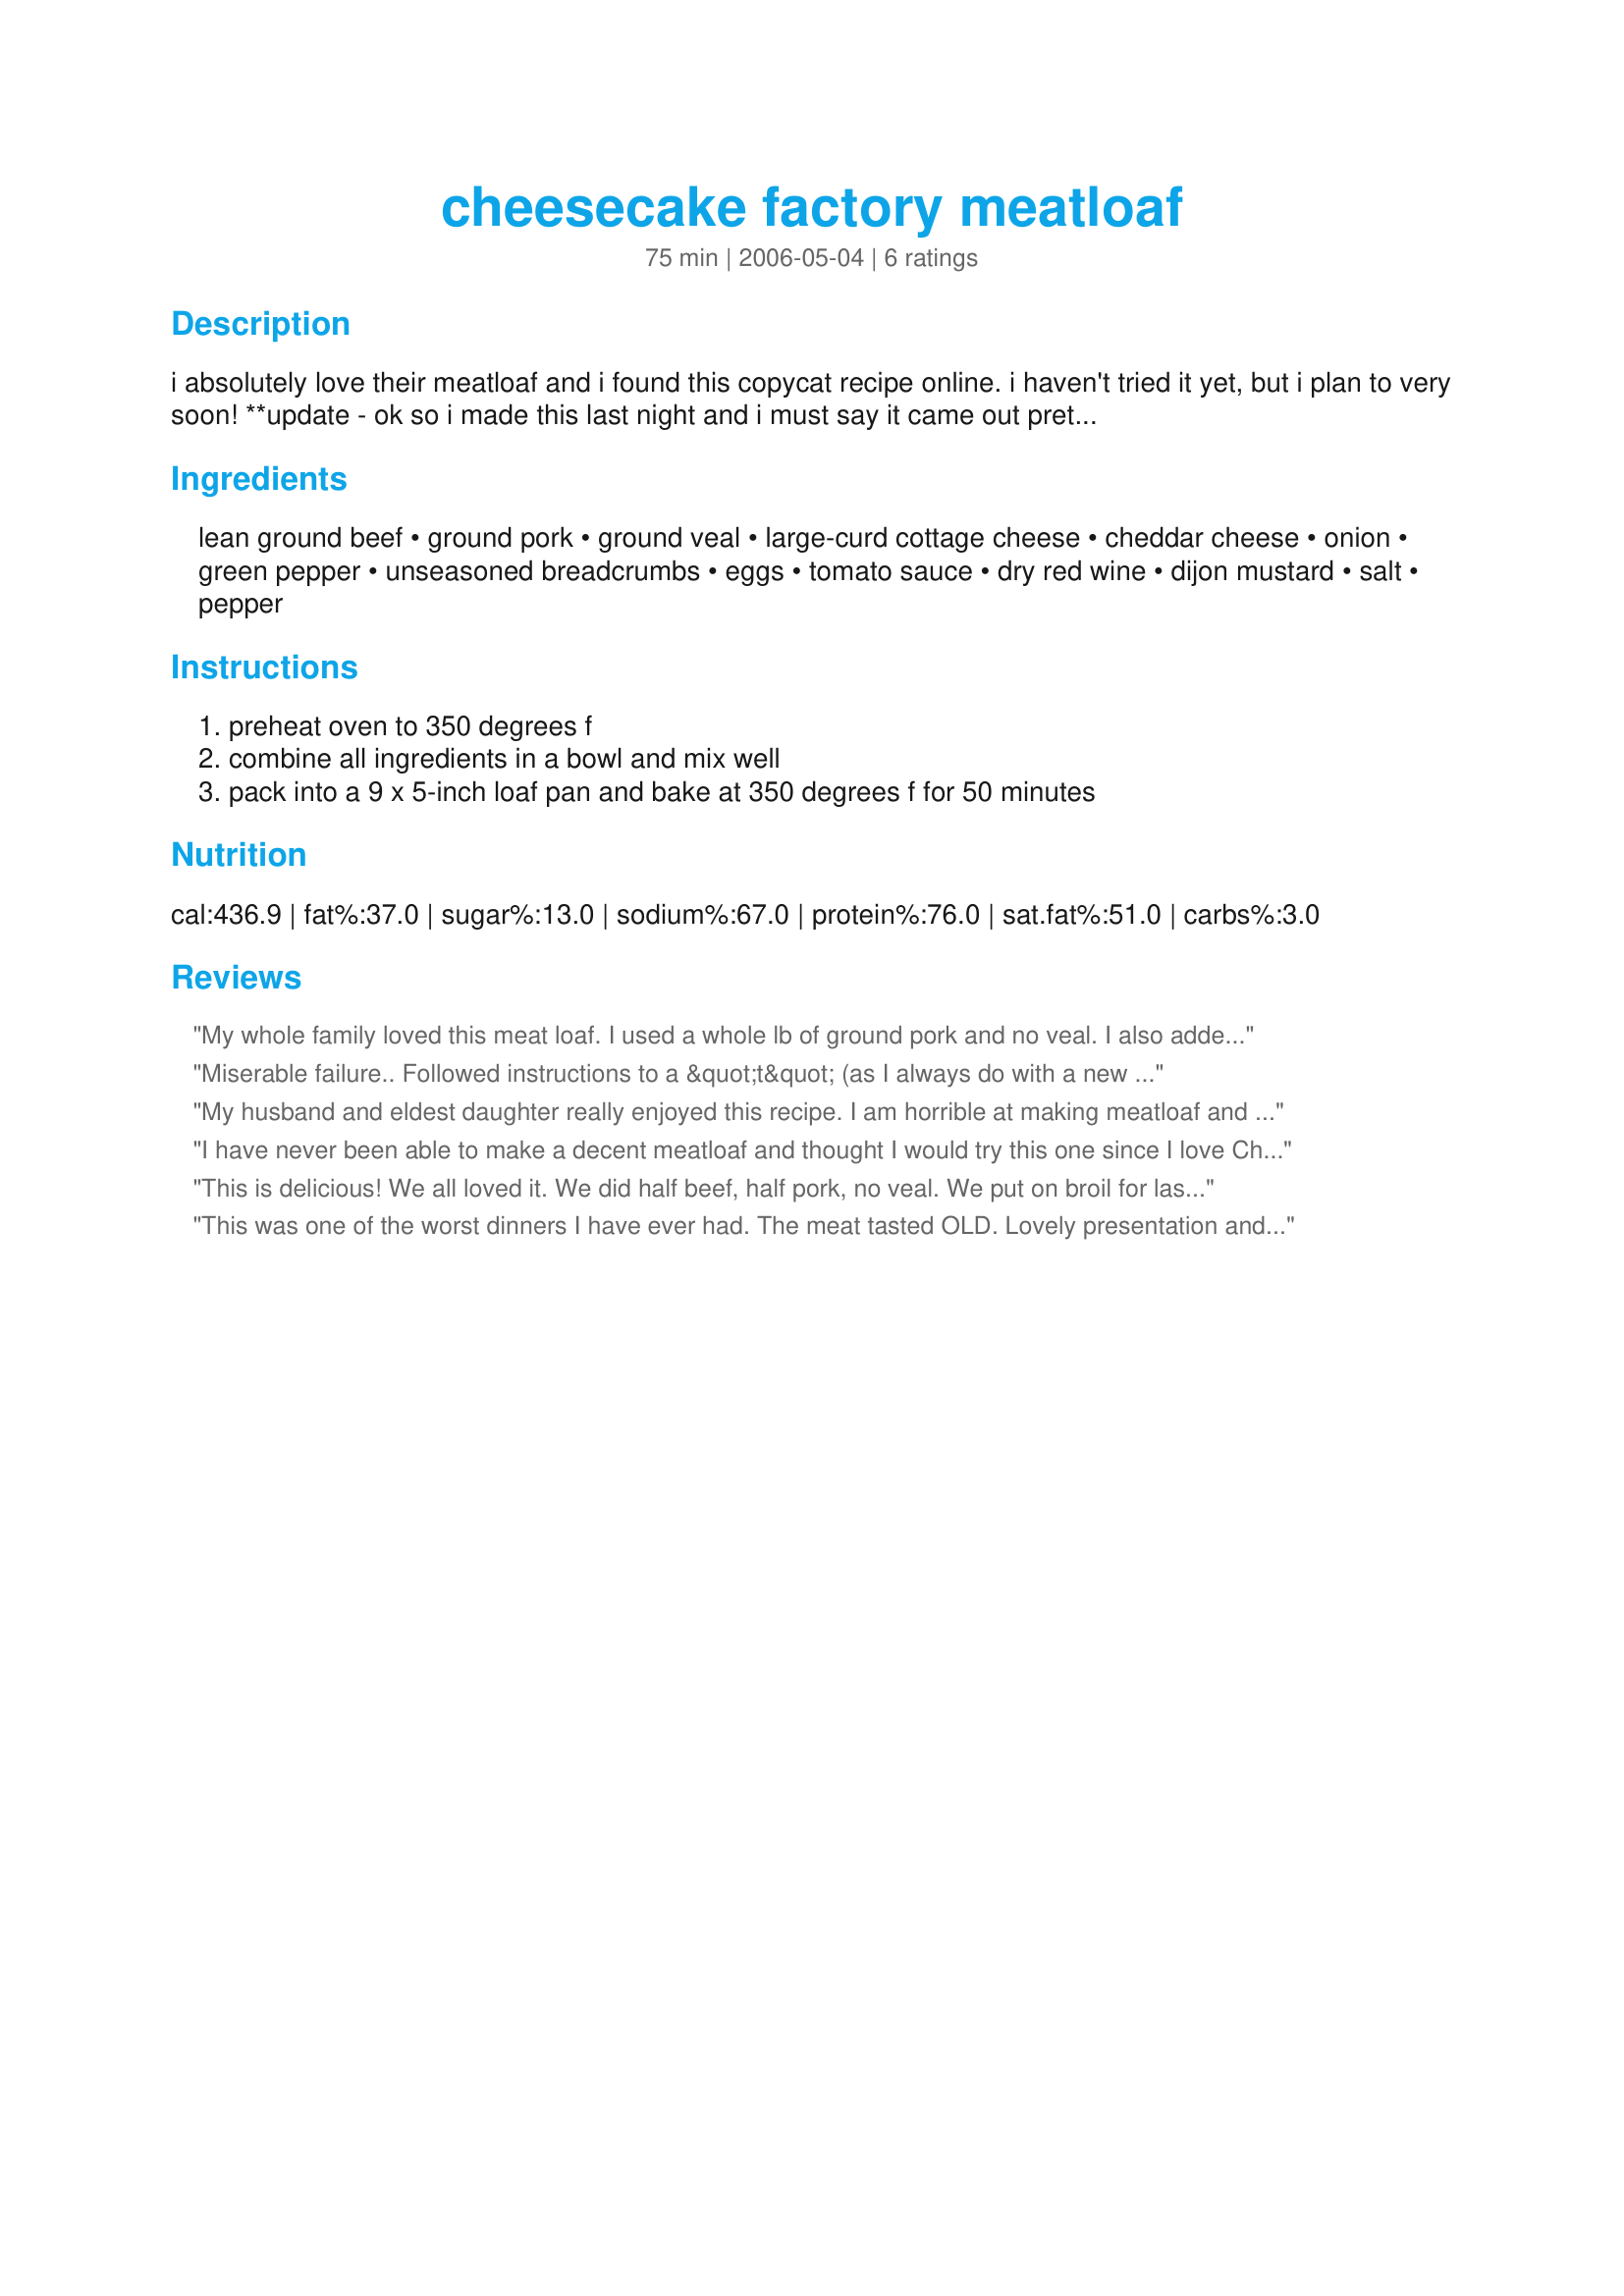
cheesecake factory meatloaf
Preparation time: 75 minutes

i absolutely love their meatloaf and i found this copycat recipe online. i haven't tried it yet, but i plan to very soon!

**update - ok so i made this last night and i must say it came out pretty good. my wife loved it, she'd probably give it 5 stars, i'd lean more towards the 4 star rating. also the cook time was off, i think next time i'll cook it at 375 instead of 350, and i recommend a 5-8 minute broil at the end to crisp up the top. enjoy!

Ingredients:
lean ground beef, ground pork, ground veal, large-curd cottage cheese, cheddar cheese, onion, green pepper, unseasoned breadcrumbs, eggs, tomato sauce, dry red wine, dijon mustard, salt, pepper

Steps:
preheat oven to 350 degrees f, combine all ingredients in a bowl and mix well, pack into a 9 x 5-inch loaf pan and bake at 350 degrees f for 50 minutes

Reviews:
My whole family loved this meat loaf. I used a whole lb of ground pork and no veal. I also added in some finely shredded carrots to sneak in a little more nutrition. Instead of baking in a loaf pan I just free formed the mixture into a loaf and baked in a pan. Leftovers were great also! Thanks!
Miserable failure.. Followed instructions to a &quot;t&quot; (as I always do with a new recipe)..couldn&#039;t even give it to the dog because of the onions in it!
My husband and eldest daughter really enjoyed this recipe. I am horrible at making meatloaf and this turned out great! I liked the texture, the flavor and the way it cut. I used 1 lb of pork and 1 lb of beef; skipping the veal. I free formed it in a pan instead of cooking in a loaf pan and cooked it for an hour with the last 20 minutes on speed bake.
I have never been able to make a decent meatloaf and thought I would try this one since I love Cheesecake Factory's meatloaf. I followed the recipe exactly used all three meats and it came out delicious. This will be my go-to recipe for meatloaf from now on.
This is delicious! We all loved it. We did half beef, half pork, no veal. We put on broil for last 10 minutes to crisp the top. We used all the rest of ingredients as directed. We served with mushroom gravy, mashed potatoes and peas. Will never make any oyher meatloaf recipe but this one. It was extremely moist and flavorful.
This was one of the worst dinners I have ever had. The meat tasted OLD. Lovely presentation and vegetables and service were grand, I would never recommend this meat loaf to anyon e
